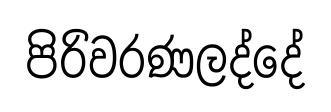
පිරිවරණලද්දේ